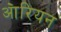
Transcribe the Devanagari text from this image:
आ॓रियन